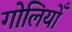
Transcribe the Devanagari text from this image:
गोलियोँ